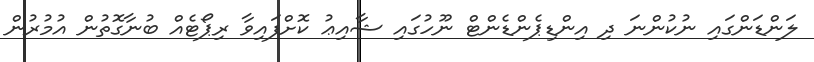
ލަންޑަންގައި ނުކުންނަ ދި އިންޑިޕެންޑެންޓް ނޫހުގައި ޝާއިޢު ކޮށްފައިވާ ރިޕޯޓެއް ބުނާގޮތުން އުމުރުން